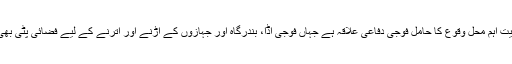
یہ نہایت اہم محل وقوع کا حامل فوجی دفاعی علاقہ ہے جہاں فوجی اڈا، بندرگاہ اور جہازوں کے اُڑنے اور اترنے کے لیے فضائی پٹی بھی ہے۔